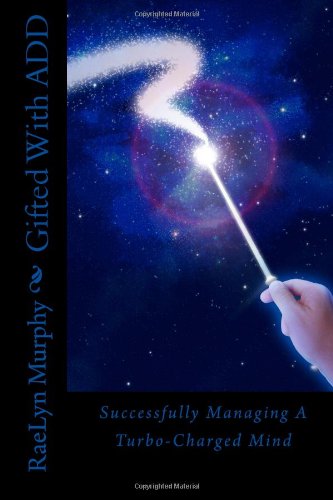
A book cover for Gifted With ADD; RaeLyn Murphy; Parenting & Relationships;